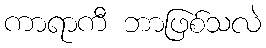
ကာရာကီ ဘာဖြစ်သလဲ